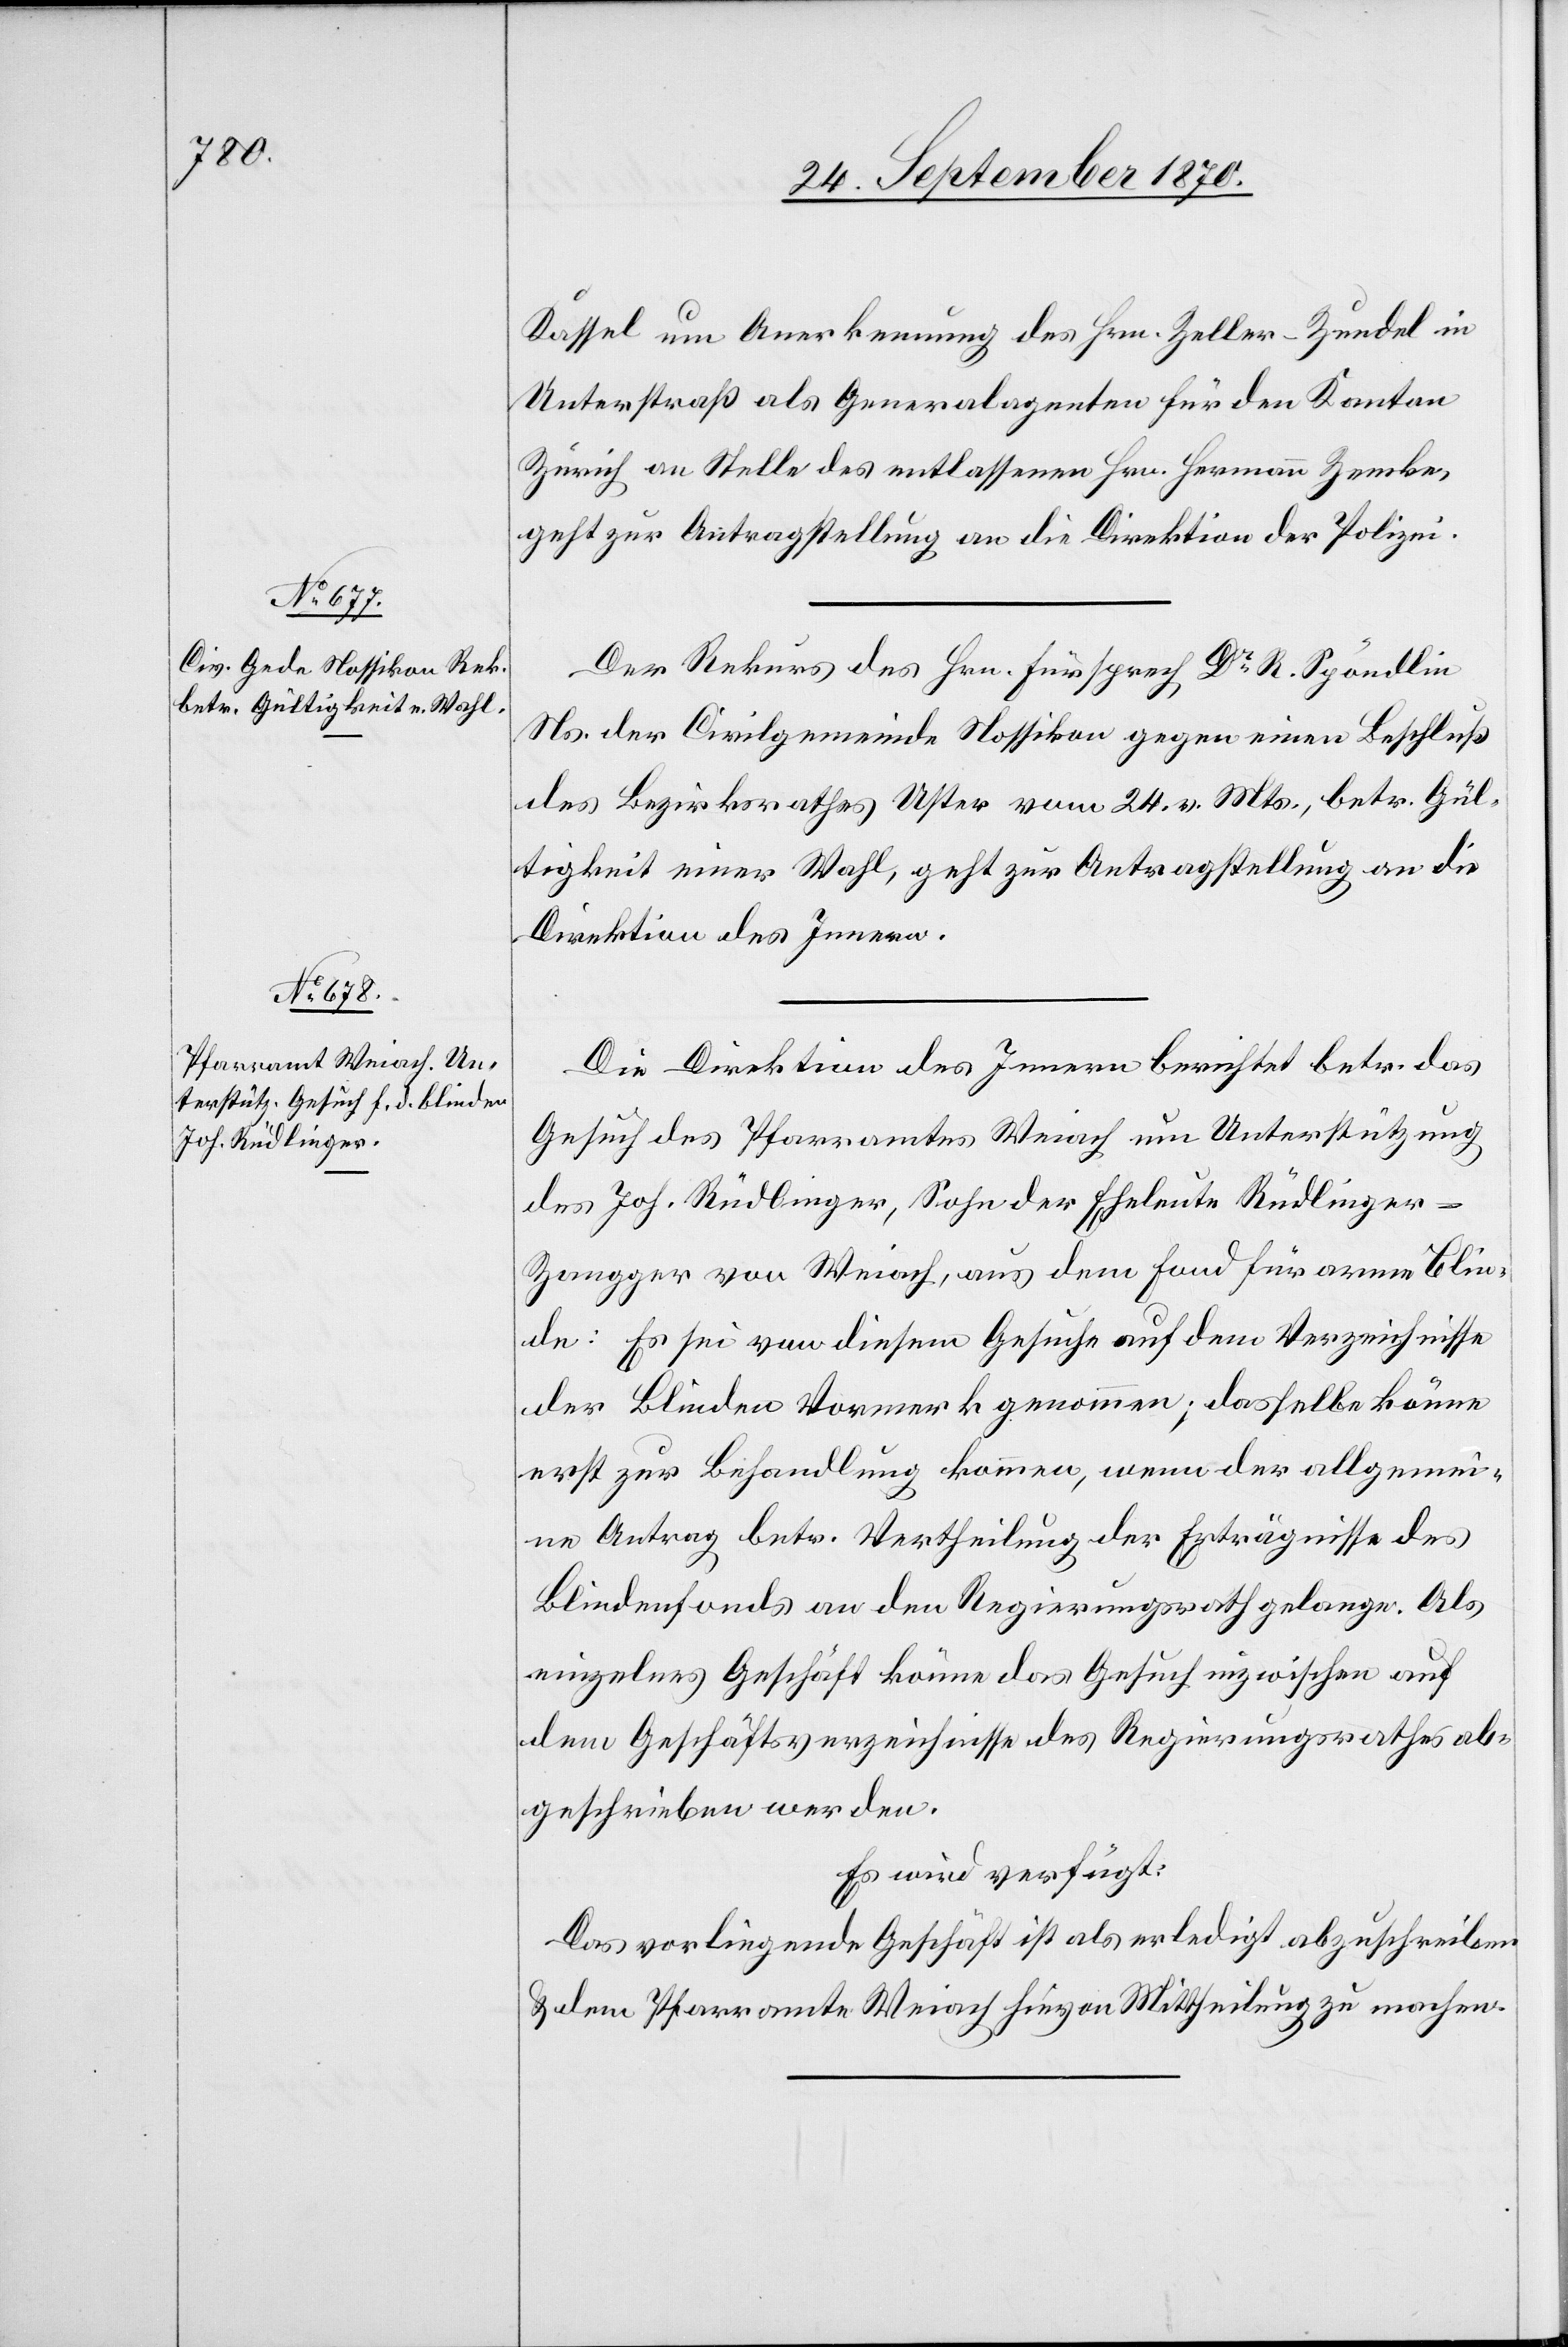
24. September 1870.]
Kassel um Anerkennung des Hrn. Zeller-Zundel in
Unterstraß als Generalagenten für den Kanton
Zürich an Stelle des entlassenen Hrn. Hermann Zemke,
geht zur Antragstellung an die Direktion der Polizei.
Der Rekurs des Hrn. Fürsprech Dr R. Spöndlin
Ns. der Civilgemeinde Nossikon gegen einen Beschluß
des Bezirksrathes Uster vom 24. v. Mts., betr. Gül¬
tigkeit einer Wahl, geht zur Antragstellung an die
Direktion des Innern.
Die Direktion des Innern berichtet betr. das
Gesuch des Pfarramtes Weiach um Unterstützung
des Joh. Rüdlinger, Sohn der Eheleute Rüdlinger-Z¬
angger von Weiach, aus dem Fond für arme Blin¬
de: Es sei von diesem Gesuche auf dem Verzeichnisse
der Blinden Vormerk genommen; dasselbe könne
erst zur Behandlung kommen, wenn der allgemei¬
ne Antrag betr. Vertheilung der Erträgnisse des
Blindenfonds an den Regierungsrath gelange. Als
einzelnes Geschäft könne das Gesuch inzwischen auf
dem Geschäftsverzeichnisse des Regierungsrathes ab¬
geschrieben werden.
Es wird verfügt:
Das vorliegende Geschäft ist als erledigt abzuschreiben
& dem Pfarramte Weiach hievon Mittheilung zu machen.